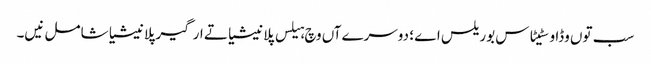
سب تو‏ں وڈا وسٹیٹاس بوریلس اے ؛ دوسرےآں وچ ہیلس پلانیشیا تے ارگیر پلانیشیا شامل نیں۔